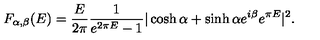
F _ { \alpha , \beta } ( E ) = { \frac { E } { 2 \pi } } { \frac { 1 } { e ^ { 2 \pi E } - 1 } } | \cosh \alpha + \sinh \alpha e ^ { i \beta } e ^ { \pi E } | ^ { 2 } .